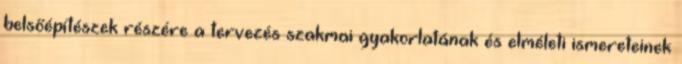
belsőépítészek részére a tervezés szakmai gyakorlatának és elméleti ismereteinek